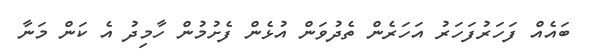
ބައެއް ފަހަރުފަހަރު އަހަރެން ތެދުވަން އުޅެން ފެށުމުން ހާމިދު އެ ކަން މަނާ